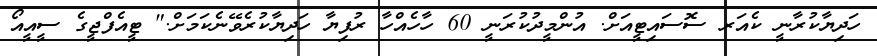
ހަދިޔާކުރާނީ ކެއަރ ސޮސައިޓީއަށް. އުންމީދުކުރަނީ 60 ހާހެއްހާ ރުފިޔާ ހަދިޔާކުރެވޭނެކަމަށް." ޓީއެފްޖީގެ ސީއީއޯ